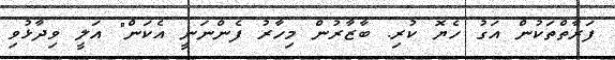
ފަރާތްތަކުން އަގު ހެޔޮ ކުރި. ބާޒާރުން މިހާރު ފެންނަނީ އެކަން" އަލީ ވިދާޅުވި